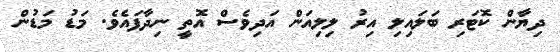
ދިޔާން ކޮޓަރި ބަލައިލި އިރު ލިލިއަން އަދިވެސް އޮތީ ނިދާފައެވެ. މަޑު މަޑުން